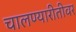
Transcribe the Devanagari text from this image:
चालण्यारीतीवर